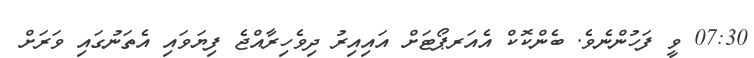
07:30 ވީ ފަހުންނެވެ. ބެންކޮކް އެއަރޕޯޓަށް އައިއިރު ދިވެހިރާއްޖެ ފިޔަވައި އެތަނުގައި ވަރަށް